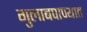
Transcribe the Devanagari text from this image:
गुलाबपाण्यात